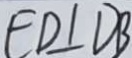
E D \bot D B